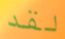
لقد